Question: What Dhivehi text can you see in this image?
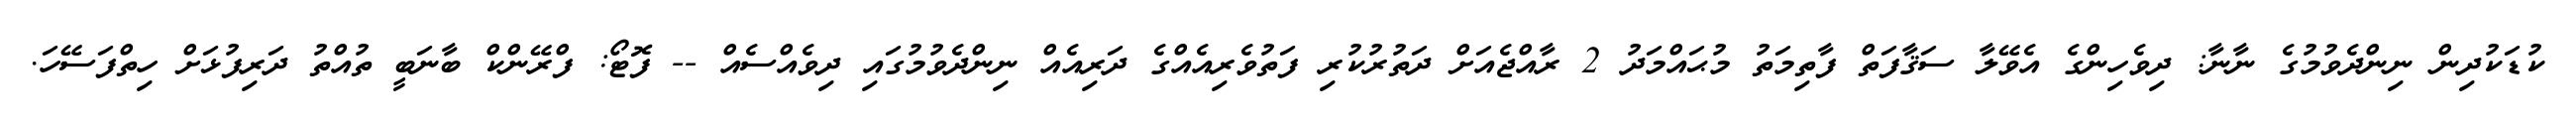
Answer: ކުޑަކުދިން ނިންދެވުމުގެ ނާނާ: ދިވެހިންގެ އެވޭލާ ސަޤާފަތް ފާތިމަތު މުޙައްމަދު 2 ރާއްޖެއަށް ދަތުރުކުރި ފަތުވެރިއެއްގެ ދަރިއެއް ނިންދެވުމުގައި ދިވެއްސެއް -- ފޮޓޯ: ފްރޭންކް ބާނަބީ ތުއްތު ދަރިފުޅަށް ހިތްފަސޭހަ.